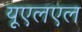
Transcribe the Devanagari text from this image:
यूएलएल